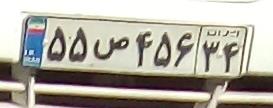
۵۵ص۴۵۶۳۴